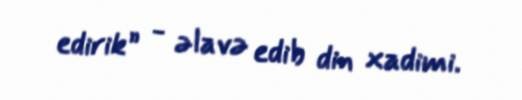
edirik” - əlavə edib din xadimi.